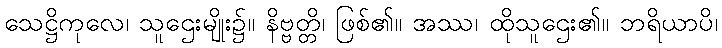
သေဋ္ဌိကုလေ၊ သူဌေးမျိုး၌။ နိဗ္ဗတ္တိ၊ ဖြစ်၏။ အဿ၊ ထိုသူဌေး၏။ ဘရိယာပိ၊